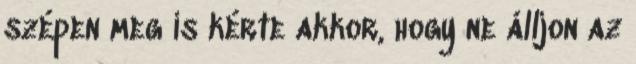
szépen meg is kérte akkor, hogy ne álljon az